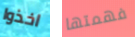
اخذوا فهمتها